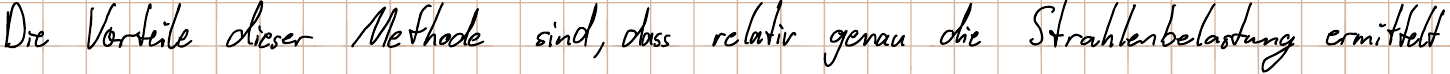
Die Vorteile dieser Methode sind, dass relativ genau die Strahlenbelastung ermittelt